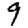
Digit: 9